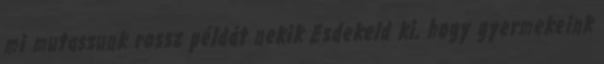
mi mutassunk rossz példát nekik Esdekeld ki, hogy gyermekeink